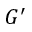
G ^ { \prime }